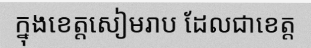
ក្នុងខេត្តសៀមរាប ដែលជាខេត្ត